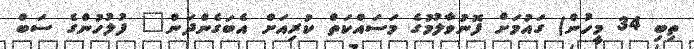
ތިބި 34 މީހުން) ގައުމަށް ފޮނުވާލުމުގެ މަސައްކަތް ކުރިއަށް އެބަގެންދަން" ފުލުހުންގެ ސަބް